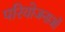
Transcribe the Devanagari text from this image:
परियोजनाऑं